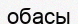
обасы